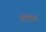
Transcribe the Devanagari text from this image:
फ़्रीड्रिक